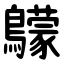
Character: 䴌